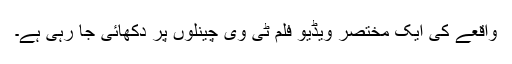
واقعے کی ایک مختصر ویڈیو فلم ٹی وی چینلوں پر دکھائی جا رہی ہے۔